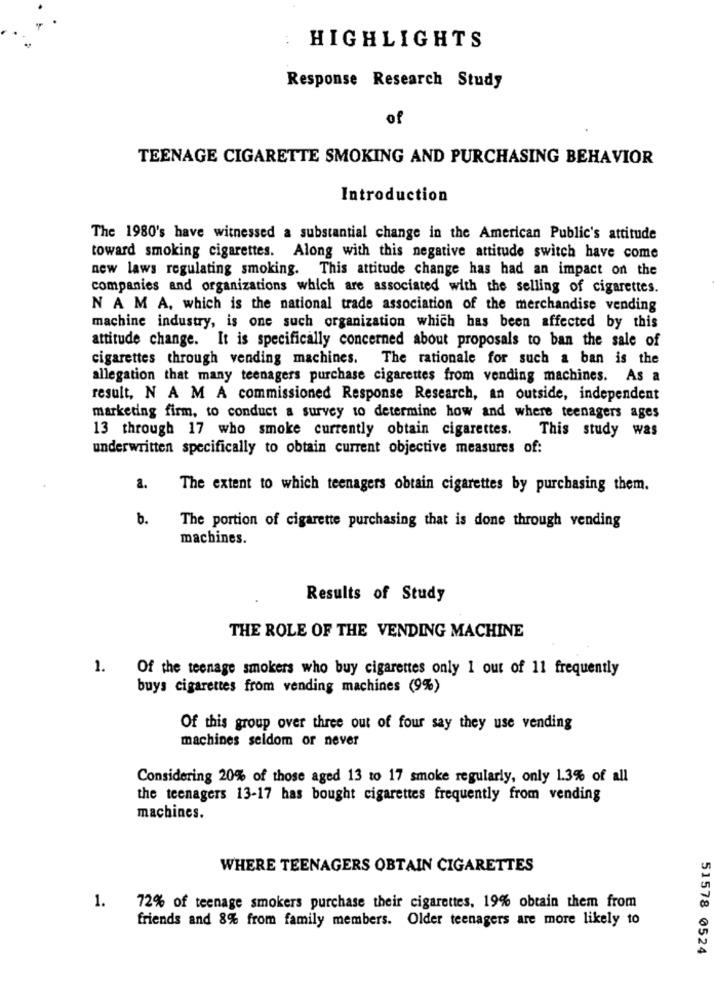
HIGHLIGHTS
Response Research Study
of
TEENAGE CIGARETTE SMOKING AND PURCHASING BEHAVIOR
Introduction
The 1980's have witnessed a substantial change in the American Public's attitude
toward smoking cigarettes. Along with this negative attitude switch have come
new laws regulating smoking. This attitude change has had an impact on the
companies and organizations which are associated with the selling of cigarettes.
N AMA, which is the national trade association of the merchandise vending
machine industry, is one such organization which has been affected by this
attitude change. It is specifically concerned about proposals to ban the sale of
cigarettes through vending machines. The rationale for such a ban is the
allegation that many teenagers purchase cigarettes from vending machines. As a
result, N A M A commissioned Response Research, an outside, independent
marketing firm, to conduct a survey to determine how and where teenagers ages
13 through 17 who smoke currently obtain cigarettes.
This study was
underwritten specifically to obtain current objective measures of:
a.
The extent to which teenagers obtain cigarettes by purchasing them.
b.
The portion of cigarette purchasing that is done through vending
machines.
Results of Study
THE ROLE OF THE VENDING MACHINE
1.
Of the teenage smokers who buy cigarettes only 1 out of 11 frequently
buys cigarettes from vending machines (9%)
Of this group over three out of four say they use vending
machines seldom or never
Considering 20% of those aged 13 to 17 smoke regularly, only 1.3% of all
the teenagers 13-17 has bought cigarettes frequently from vending
machines.
WHERE TEENAGERS OBTAIN CIGARETTES
1.
72% of teenage smokers purchase their cigarettes, 19% obtain them from
friends and 8% from family members. Older teenagers are more likely to
51578 0524